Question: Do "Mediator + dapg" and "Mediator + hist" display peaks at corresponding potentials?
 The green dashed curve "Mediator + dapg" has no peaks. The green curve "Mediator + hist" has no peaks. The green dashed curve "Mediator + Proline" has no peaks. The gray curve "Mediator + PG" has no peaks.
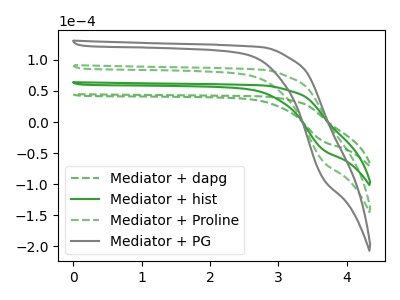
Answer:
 <answer>Niether CV has any peaks.</answer>
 <eval>blanks</eval>